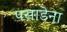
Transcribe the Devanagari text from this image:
पसाडेना